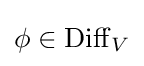
\phi \in \operatorname {Diff} _{V}